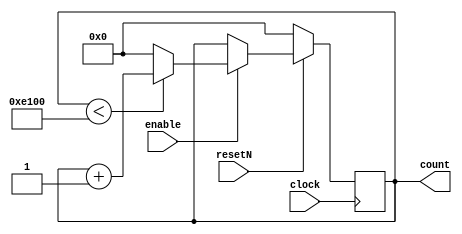
//16 bit counter with synchronous active low reset 
module Counter (resetN, clock, enable, count);
parameter counterSize = 16; //16 bit by default
parameter countLimit = 57600; //By default counts up to 57600
parameter resetValue = 0;
input resetN;
input clock; 
input enable;
output reg[counterSize-1:0] count;
always@(posedge clock)
begin
 if (!resetN)
  count <= resetValue;
 else if (enable)
 begin
  if (count < countLimit) 
  count <= count+1;
  
  else
  count <= 0;
 end
end
endmodule